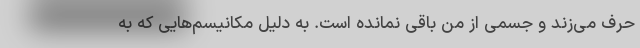
حرف می‌زند و جسمی از من باقی نمانده است. به دلیل مکانیسم‌هایی که به